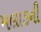
મલાડની